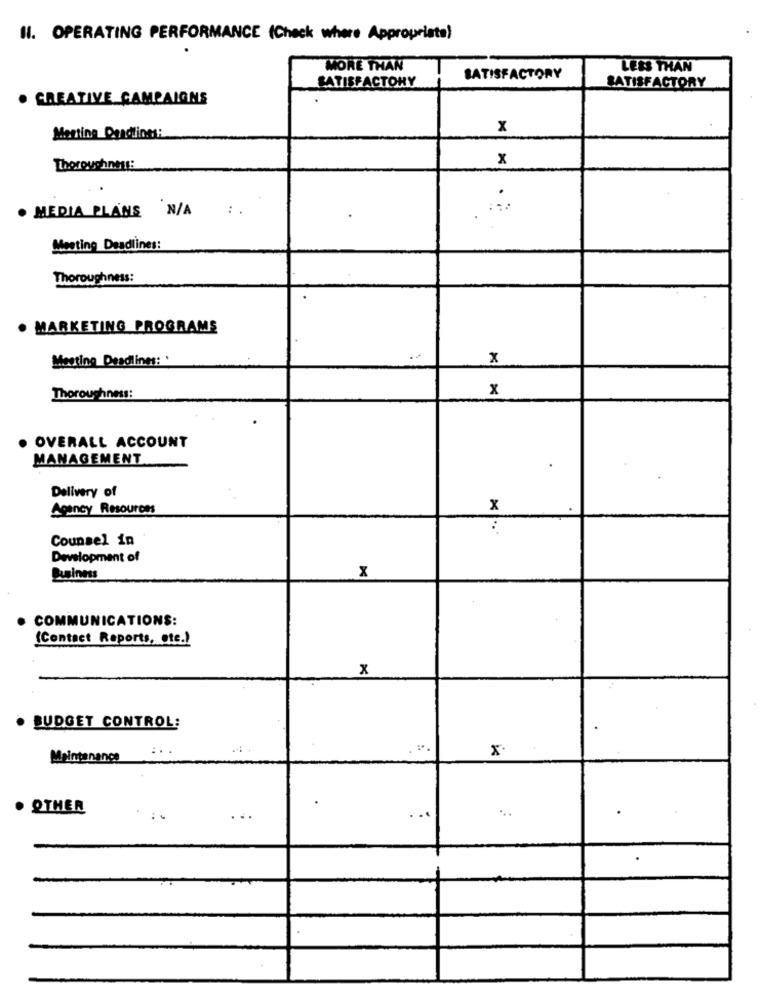
11. OPERATING PERFORMANCE (Check where Appropriate)
MORE THAN
LESS THAN
SATISFACTORY
SATISFACTORY
SATISFACTORY
. CREATIVE CAMPAIGNS
Meeting Deadlines:
x
x
Thorouchnes ::
. MEDIA PLANS N/A
Meeting Deadlines:
Thoroughness:
· MARKETING PROGRAMS
Meeting Deadlines: '
x
x
Thoroughness:
OVERALL ACCOUNT
MANAGEMENT
Delivery of
Agency Resources
x
Counsel in
Development of
Business
x
COMMUNICATIONS:
(Contact Reports, etc.)
x
BUDGET CONTROL:
x
Maintenance
. OTHER